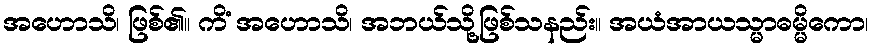
အဟောသိ၊ ဖြစ်၏။ ကိံ အဟောသိ၊ အဘယ်သို့ဖြစ်သနည်း။ အယံအာယသ္မာဓမ္မိကော၊